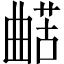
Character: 𱢵